Malaria in the Andamans - Number 56
Disease focus: Malaria
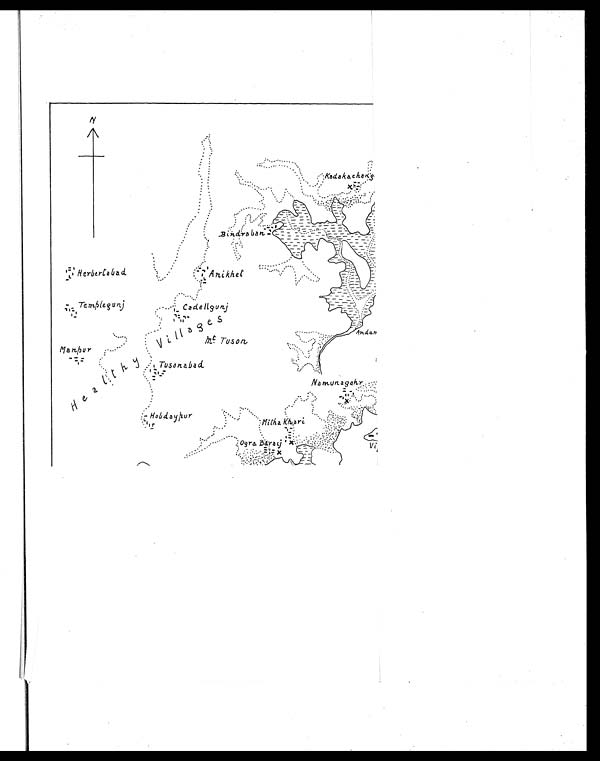
Herbertobad.
Anikhet
H o b d a y p u r
Mitha Kkari.
kadakachon's.
b i n r d r o b o n .
Templegunj
Cadellgunj
Manpur
V i l l a g e s
m t T u s o n
Tusonabad.
Healthy Andar Nomunagohy
Ogra Bayaj